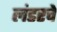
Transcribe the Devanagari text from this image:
लंडरचे